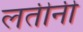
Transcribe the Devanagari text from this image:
लतीनी